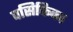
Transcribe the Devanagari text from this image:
पसिफिका